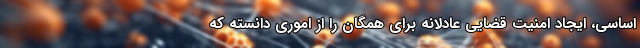
اساسی، ایجاد امنیت قضایی عادلانه برای همگان را از اموری دانسته که